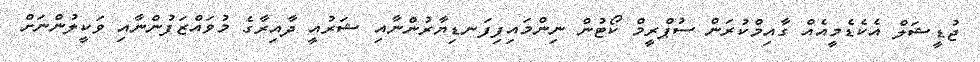
ޖުޑީޝަލް އެކެޑެމީއެއް ގާއިމްކުރަން ސުޕްރީމް ކޯޓުން ނިންމައިފިފަނޑިޔާރުންނާއި ޝަރުއީ ދާއިރާގެ މުވައްޒަފުންނާއި ވަކީލުންނަށް